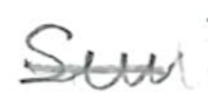
Text: Sun
Cross-out: single-line
Writing tool: pencil